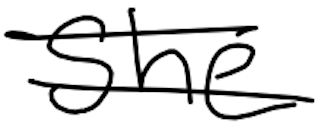
Text: She
Cross-out: double-line
Writing tool: digital_black